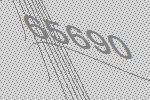
65690